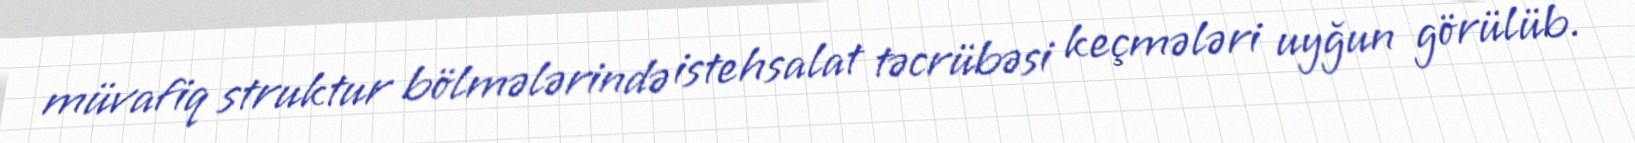
müvafiq struktur bölmələrində istehsalat təcrübəsi keçmələri uyğun görülüb.